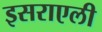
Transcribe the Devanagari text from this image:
इसराएली